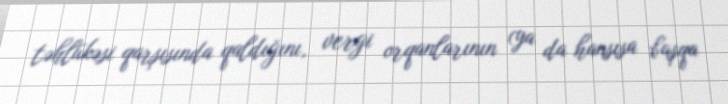
təhlükəsi qarşısında qaldığını, vergi orqanlarının (ya da hansısa başqa